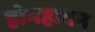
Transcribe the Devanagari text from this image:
होमहावन